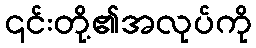
၎င်းတို့၏အလုပ်ကို